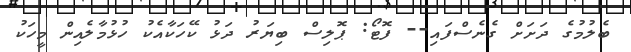
ބެލުމުގެ ދަށަށް ގެނެސްފައި-- ފޮޓޯ: ޕޮލިސް ބިޔަރު ދަޅު ކޭހަކާއެކު ހުޅުމާލެއިން މީހަކު